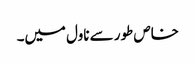
خاص طور سے ناول میں۔